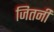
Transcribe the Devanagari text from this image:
जितनी